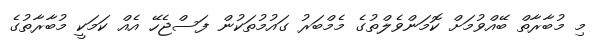
މި މުބާރާތް ބޭއްވުމަށް ކޮމަންވެލްތުގެ މެމްބަރު ގައުމުތަކުން ފަސްޖެހޭ އެއް ކަމަކީ މުބާރާތުގެ